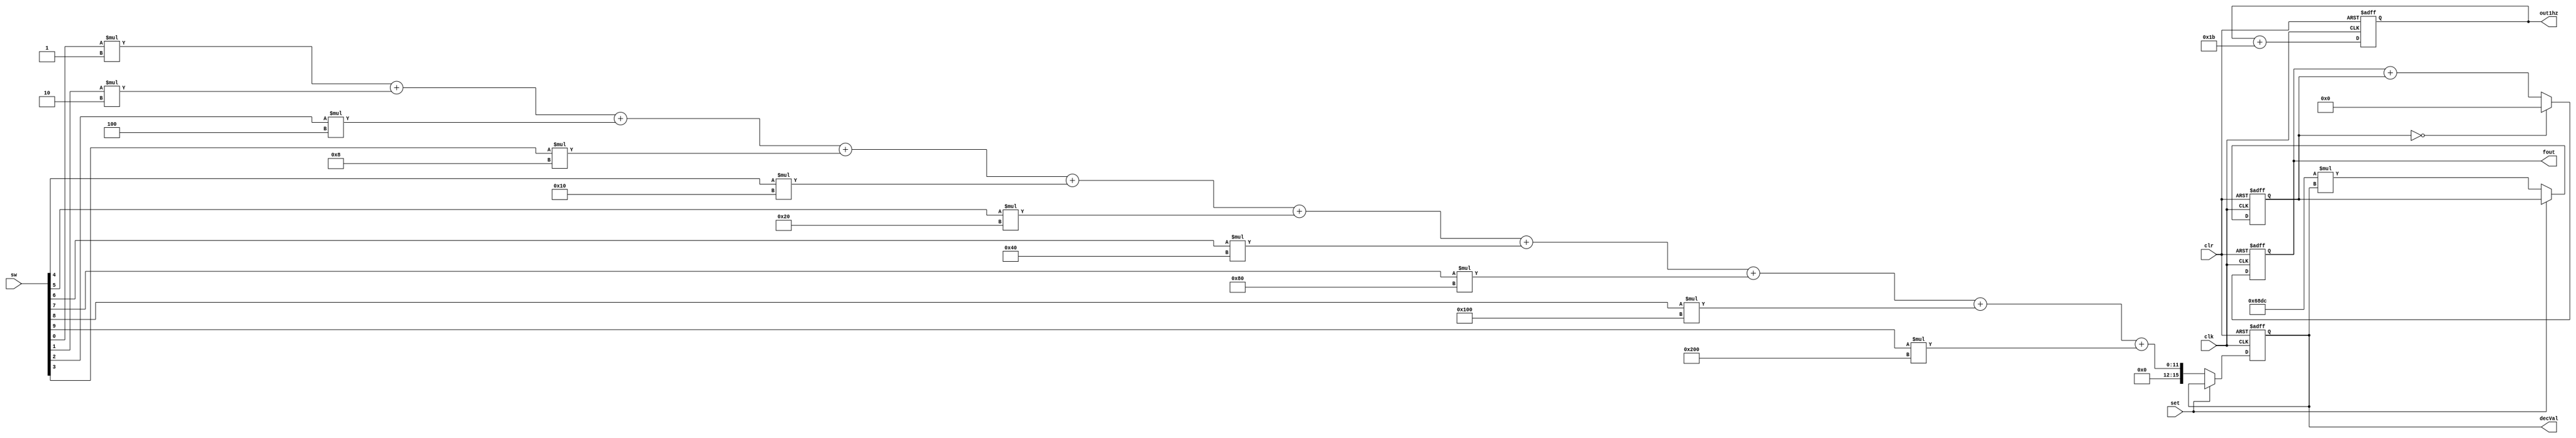
module phase_accum(clk, clr, sw, set, fout, decVal, out1hz);
	input [9:0]sw;								//switch inputs for selecting frequency
	input set, clk, clr;						
	output reg [27:0] fout, out1hz;		//phase accumulator counter output and output for 1hz counter
	output reg [15:0] decVal;				//decimal value to output to 7-seg displays
	reg [27:0] tuner;							//tuning word
	integer baseTune = 26843.5456;		//base 1khz tuning word value
	integer tune1hz = 26.8435456;			//tuning word for 1hz
	
	//initialize decimal value and tuner to zero on startup to avoid error
	initial begin
		decVal = 0;
		tuner = 0;
	end

	//run code on trogger from clock or KEY[1](clr) input
	always@(posedge clk, posedge clr) 
	begin
		if(clr) begin
			decVal <= 0;
			tuner <= 0;
			fout <= 0;
			out1hz <= 0;
		end
		
		//only run this code for posedge clk trigger
		else begin
		
			out1hz <= out1hz + tune1hz; //increment 1hz phase accumulator
		
			//update frequency and tuning word when key[0] is pressed
			if(!set) begin
				decVal <= sw[0]*1 + sw[1]*2 + sw[2]*4 + sw[3]*8 + sw[4]*16 + sw[5]*32 + sw[6]*64 + sw[7]*128 + sw[8]*256 + sw[9]*512;
				tuner <= baseTune * decVal;
			end
			
			if(tuner == 0) begin //reset fout to zero when tuner is zero so adding zero to the output gives the desired 0 value
				fout <= 0;
			end
			
			else begin
				fout <= fout + tuner; //increment phhase accumulator counter by tuning word
			end
		end
	end

endmodule